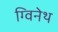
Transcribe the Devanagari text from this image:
ग्विनेथ